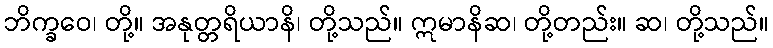
ဘိက္ခဝေ၊ တို့။ အနုတ္တရိယာနိ၊ တို့သည်။ ဣမာနိဆ၊ တို့တည်း။ ဆ၊ တို့သည်။